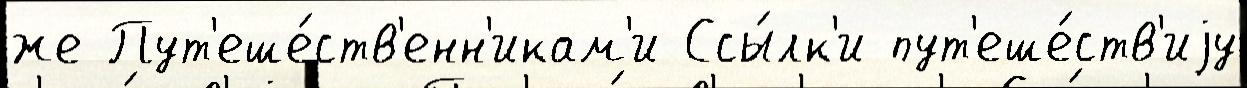
же Пут'еше́ств'енн'икам'и Ссы́лк'и пут'еше́ств'иjу